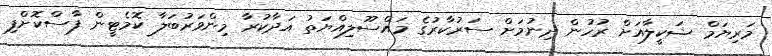
މަރިޔަމް ޝަކީލާއަށް ރުހުން ދިނުމަށް ސަރުކާރުގެ މައްސޫލިއްޔަތު އަދާކުރާ މިންވަރުބަލާ ކޮމެޓީން ފާސްކޮށްފި